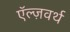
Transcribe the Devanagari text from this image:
ऍल्ज़वर्थ